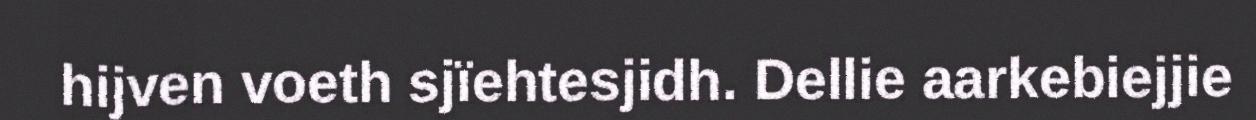
hijven voeth sjïehtesjidh. Dellie aarkebiejjie